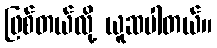
ဖြစ်တယ်လို့ ယူဆပါတယ်။